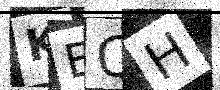
Text: KEQH